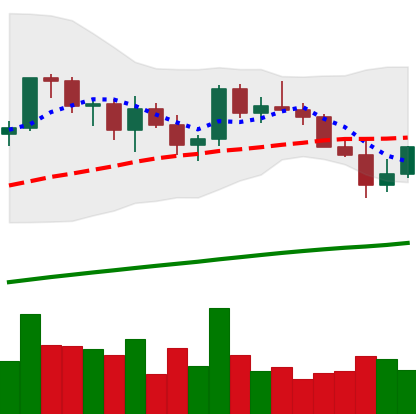
Ticker: LINK-USD
Chart end date: 2021-03-26
Forward return: 7.115%
Label: up_7plus